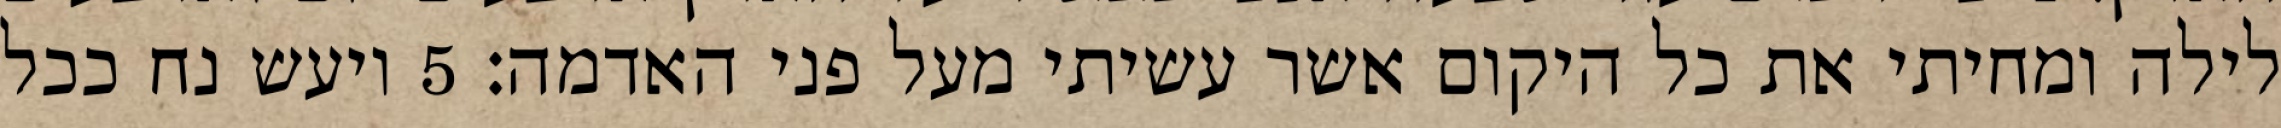
לילה ומחיתי את כל היקום אשר עשיתי מעל פני האדמה׃ ‎5‏ ויעש נח ככל